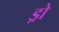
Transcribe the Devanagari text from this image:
ड्रो